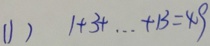
( 1 ) 1 + 3 + \cdots + 1 3 = 4 9